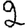
Digit: 2